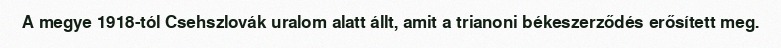
A megye 1918-tól Csehszlovák uralom alatt állt, amit a trianoni békeszerződés erősített meg.